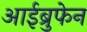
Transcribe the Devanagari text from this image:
आईब्रुफेन